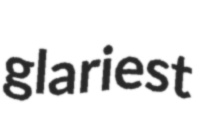
glariest